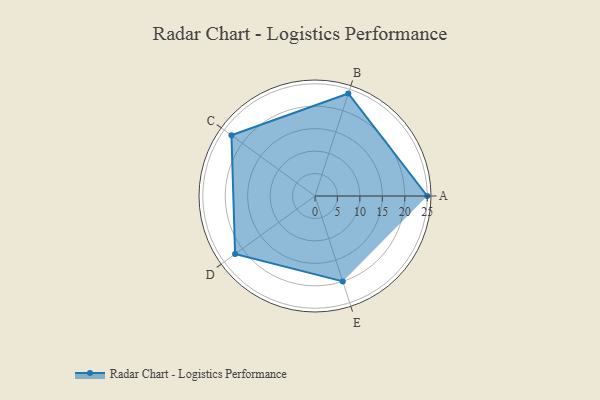
{"axis": {"x": "Skill", "y": "Score"}, "legend": ["Profile"], "data": [{"x": "A", "y": 25.0, "type": "Profile"}, {"x": "B", "y": 24.0, "type": "Profile"}, {"x": "C", "y": 23.0, "type": "Profile"}, {"x": "D", "y": 22.0, "type": "Profile"}, {"x": "E", "y": 20.0, "type": "Profile"}]}